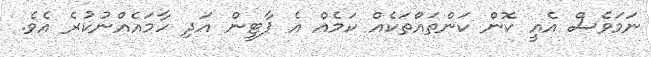
ނަމަވެސް އެއީ ކޮން ކަންތައްތަކެއް ކަމެއް އެ ޕާޓީން އަދި ހާމައެއްނުކުރެ އެވެ.